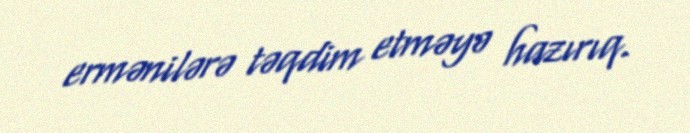
ermənilərə təqdim etməyə hazırıq.